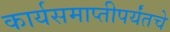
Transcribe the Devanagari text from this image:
कार्यसमाप्तीपर्यंतचे